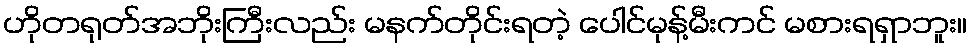
ဟိုတရုတ်အဘိုးကြီးလည်း မနက်တိုင်းရတဲ့ ပေါင်မုန့်မီးကင် မစားရရှာဘူး။